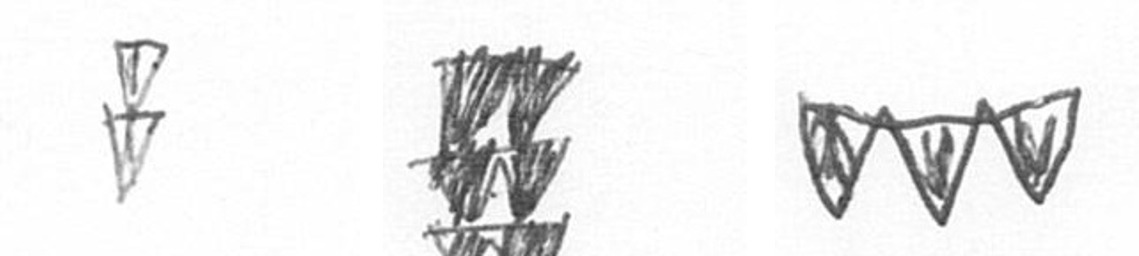
Z Y L